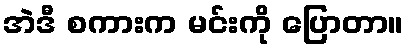
အဲဒီ စကားက မင်းကို ပြောတာ။